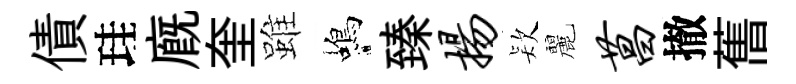
債珪廐奎雖蝎臻扬𣣇麗菖撤𦾔